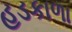
હડકાળા